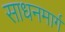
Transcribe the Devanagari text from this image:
साधनमार्ग